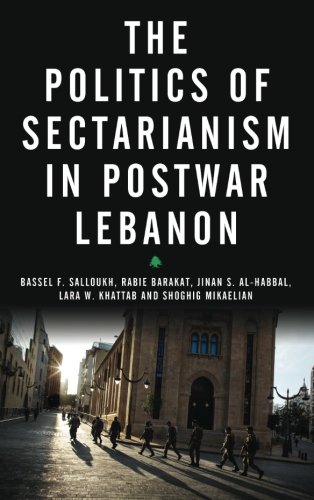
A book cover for The Politics of Sectarianism in Postwar Lebanon; Bassel Salloukh; History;